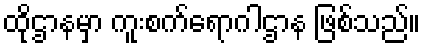
ထိုဌာနမှာ ကူးစက်ရောဂါဌာန ဖြစ်သည်။